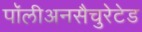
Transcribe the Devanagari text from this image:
पॉलीअनसैचुरेटेड